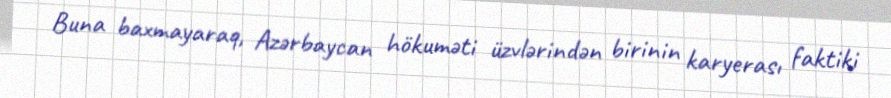
Buna baxmayaraq, Azərbaycan hökuməti üzvlərindən birinin karyerası faktiki